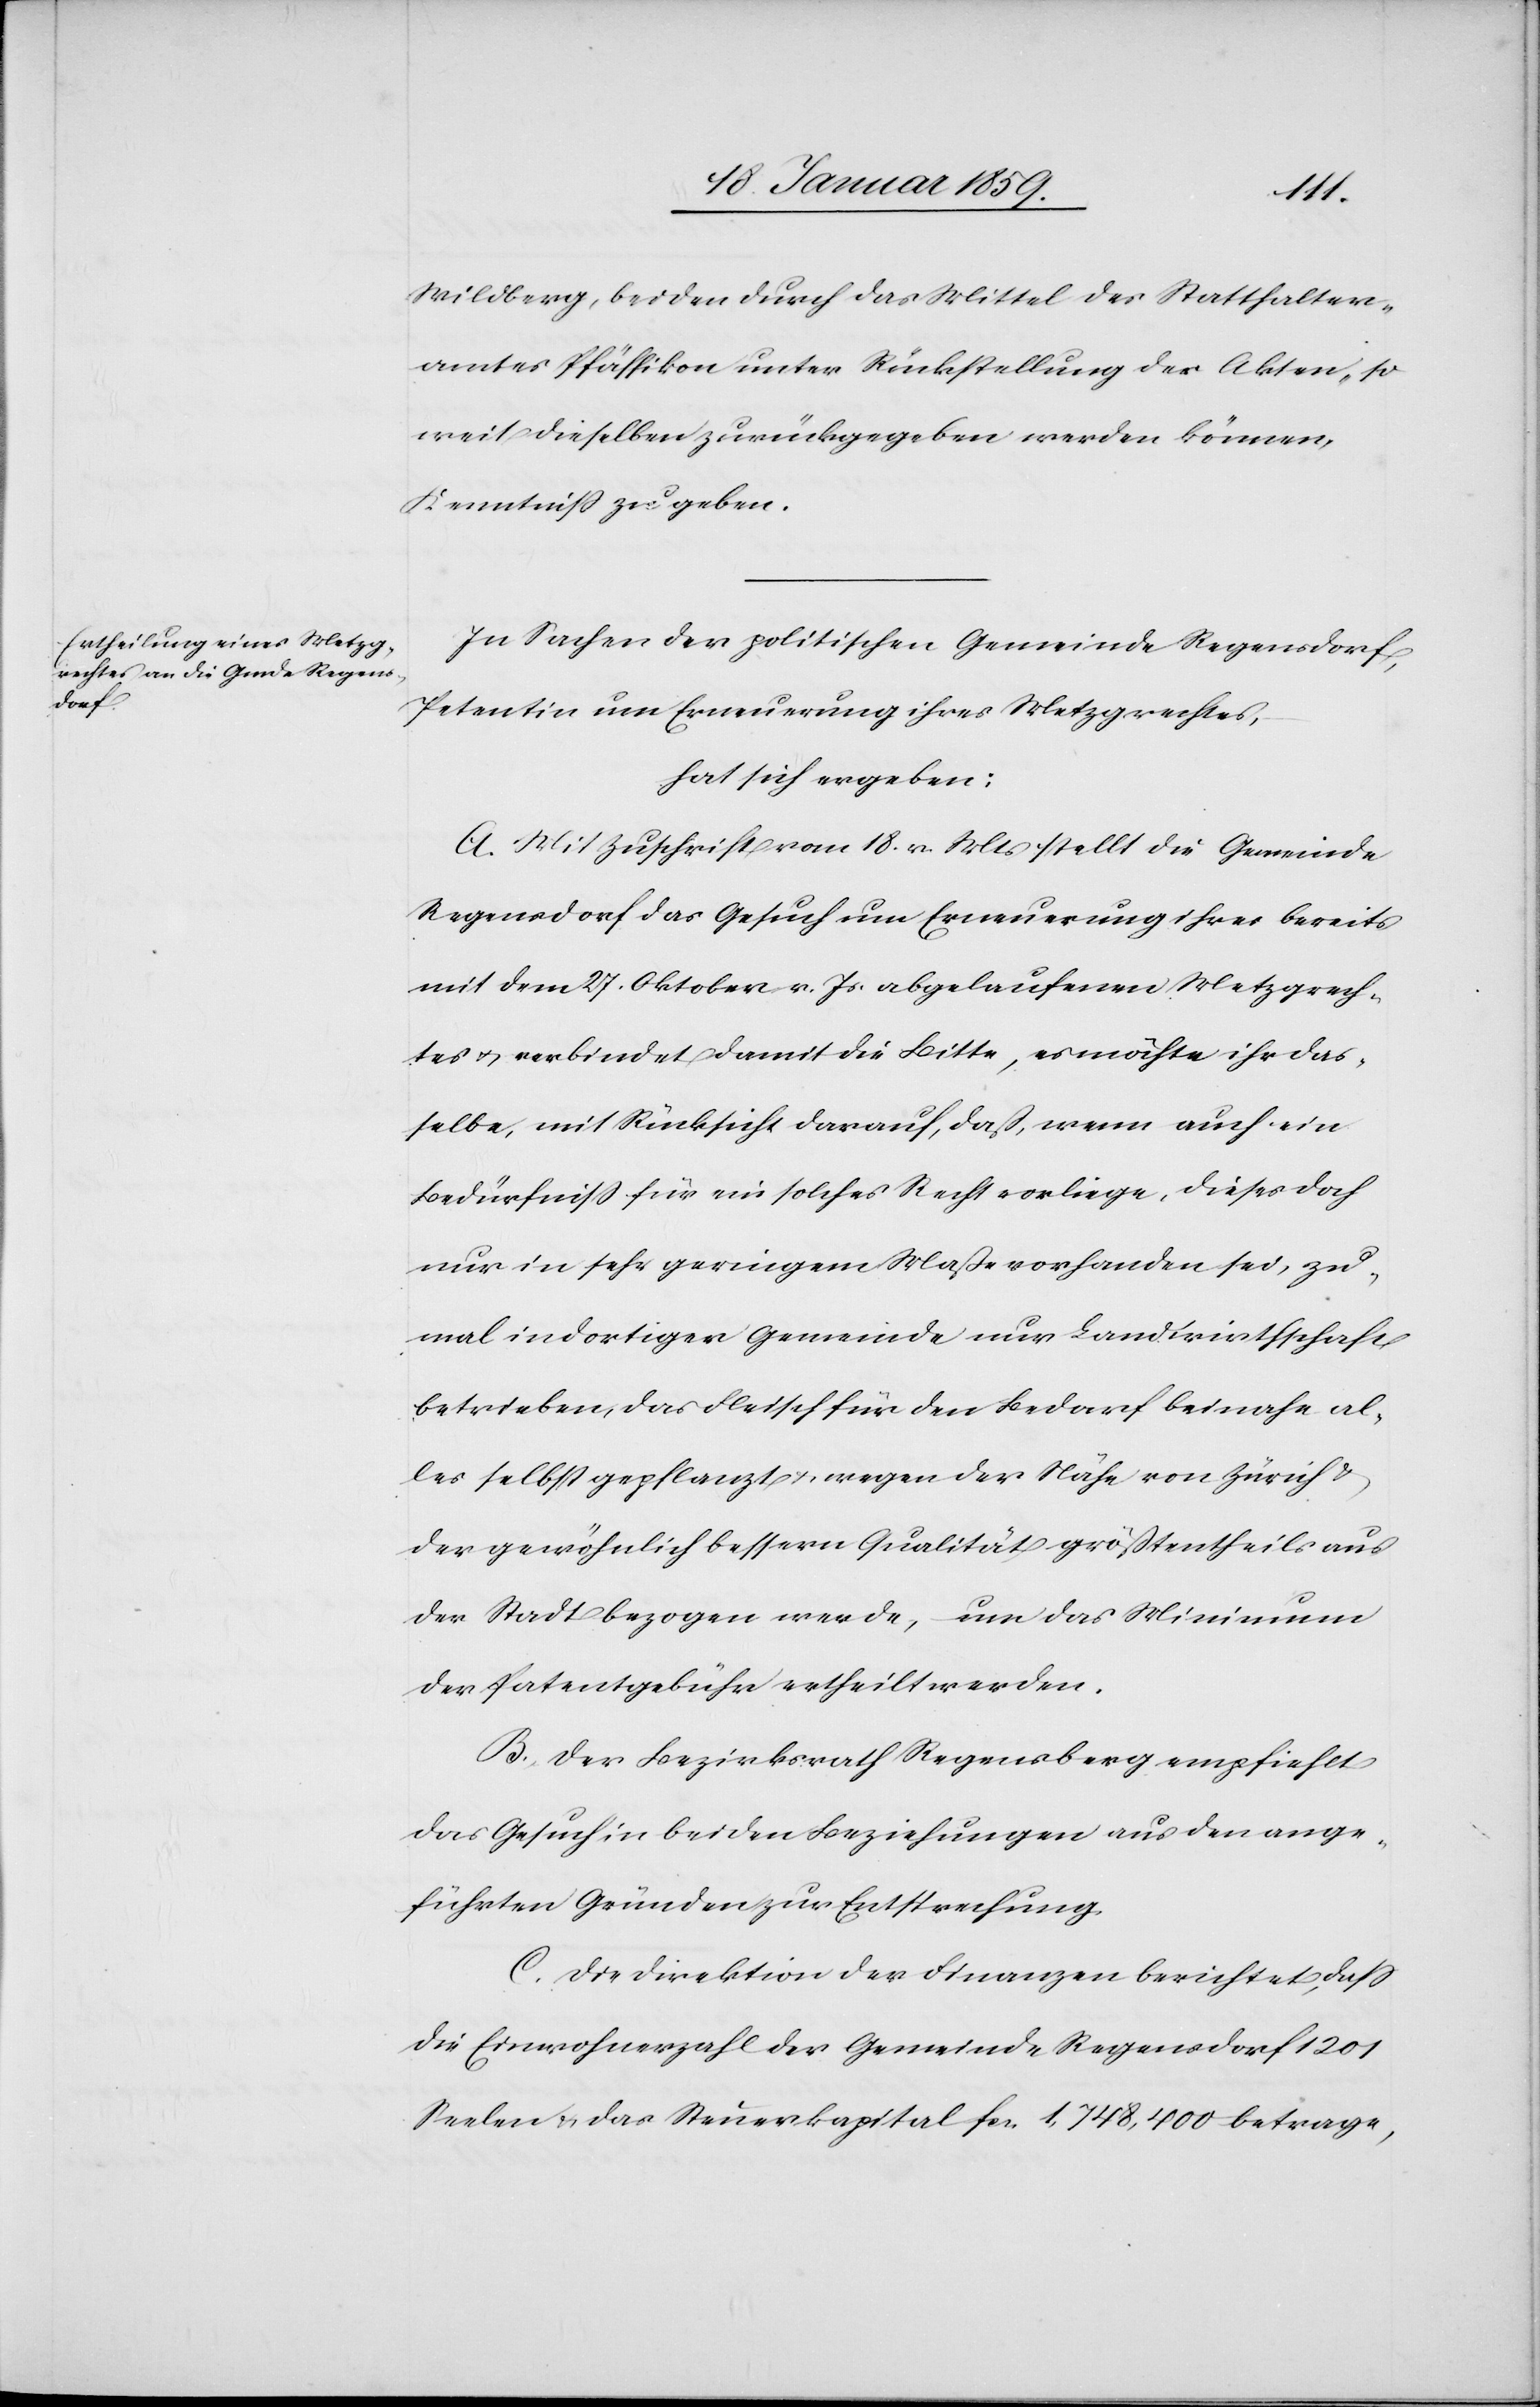
Wildberg, beiden durch das Mittel des Statthalter¬
amtes Pfäffikon unter Rückstellung der Akten, so¬
weit dieselben zurückgegeben werden können,
Kenntniß zu geben.
In Sachen der politischen Gemeinde Regensdorf,
Petentin um Erneuerung ihres Metzgrechtes,
hat sich ergeben:
A. Mit Zuschrift vom 18. v. Mts. stellt die Gemeinde
Regensdorf das Gesuch um Erneuerung ihres bereits
mit dem 27. Oktober v. Js. abgelaufenen Metzgrech¬
tes u. verbindet damit die Bitte, es möchte ihr das¬
selbe, mit Rücksicht darauf, daß wenn auch ein
Bedürfniß für ein solches Recht vorliege, dieses doch
nur in sehr geringem Maße vorhanden sei, zu¬
mal in dortiger Gemeinde nur Landwirthschaft
betrieben, das Fleisch für den Bedarf beinahe al¬
les selbst gepflanzt u. wegen der Nähe von Zürich &
der gewöhnlich bessern Qualität größtentheils aus
der Stadt bezogen werde, um das Minimum
der Patentgebühr ertheilt werden.
B. Die Direktion der Finanzen berichtet, daß
die Einwohnerzahl der Gemeinde Regensdorf 1201
Seelen & das Steuerkapital fcs. 1,748,400 betrage,